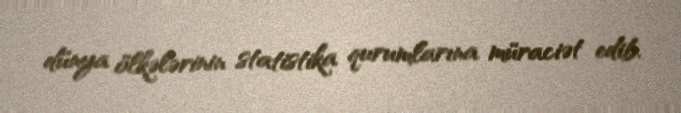
dünya ölkələrinin statistika qurumlarına müraciət edib.